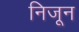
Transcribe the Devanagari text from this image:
निजून